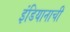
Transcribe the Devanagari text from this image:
इंडियानाची